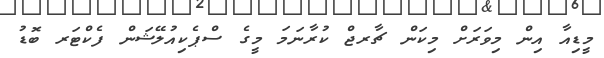
މީޑިއާ އިން މިވަރަށް މިކަން ޗާރޖް ކުރާނަމަ މީގެ ސްޕެކިއުލޭޝަން ފެކްޓަރ ބޮޑު